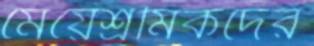
মেয়েশ্রমিকদের